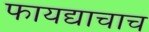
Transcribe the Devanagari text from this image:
फायद्याचाच